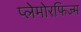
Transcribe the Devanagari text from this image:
प्लेमोरफिज्म